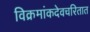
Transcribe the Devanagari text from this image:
विक्रमांकदेवचरितात